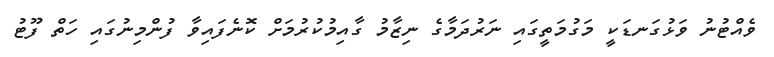
ވެއްޓުނު ވަޅުގަނޑަކީ މަގުމަތީގައި ނަރުދަމާގެ ނިޒާމު ގާއިމުކުރުމަށް ކޮނެފައިވާ ފުންމިނުގައި ހަތް ފޫޓު